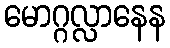
မောဂ္ဂလ္လာနေန